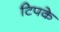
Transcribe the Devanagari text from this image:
टिपके